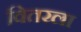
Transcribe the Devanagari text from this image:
वितरला